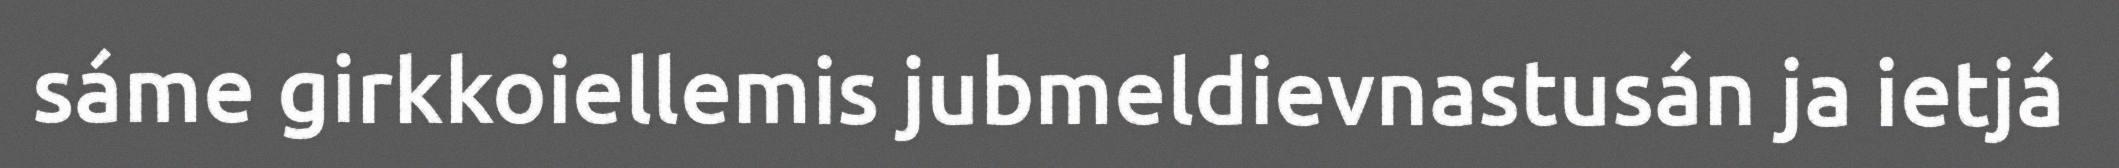
sáme girkkoiellemis jubmeldievnastusán ja ietjá